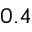
0 . 4